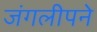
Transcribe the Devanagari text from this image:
जंगलीपने